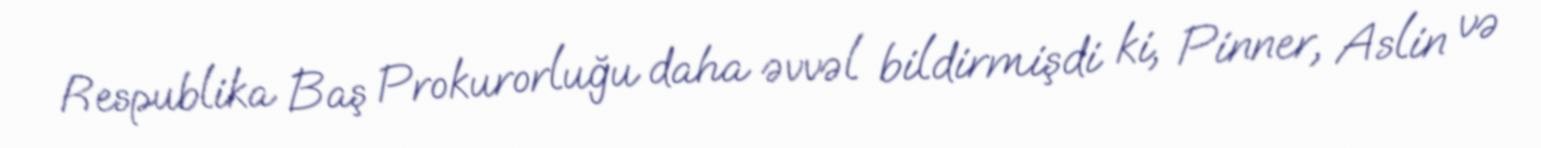
Respublika Baş Prokurorluğu daha əvvəl bildirmişdi ki, Pinner, Aslin və